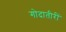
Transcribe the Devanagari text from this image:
गोदातीरीं